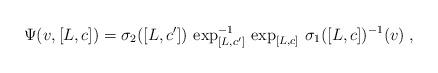
LaTeX: \begin{align*} \Psi(v,[L,c])= \sigma_2([L,c'])\,\exp_{[L,c']}^{-1}\,\exp_{[L,c]}\,\sigma_1([L,c])^{-1}(v)\;, \end{align*}